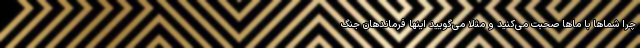
چرا شماها با ماها صحبت می‌کنید و مثلا می‌گویید اینها فرماند‌هان جنگ